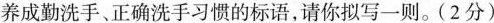
养成勤洗手、正确洗手习惯的标语，请你拟写一则。(2分)